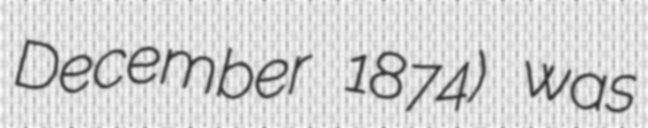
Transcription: December 1874) was